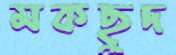
মকছুদ